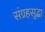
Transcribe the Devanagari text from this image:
संग्रहसुद्धा